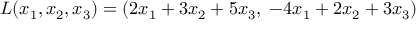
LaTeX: L ( x _ { 1 } , x _ { 2 } , x _ { 3 } ) = ( 2 x _ { 1 } + 3 x _ { 2 } + 5 x _ { 3 } , \; - 4 x _ { 1 } + 2 x _ { 2 } + 3 x _ { 3 } )